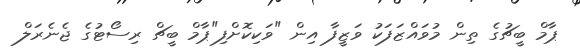
ޕާމް ބީޗުގެ ތިން މުވައްޒަފަކު ވަޒީފާ އިން "ވަކިކޮށްފި"ޕާމް ބީޗް ރިސޯޓުގެ ޖެނެރަލް